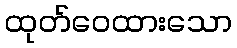
ထုတ်ဝေထားသော